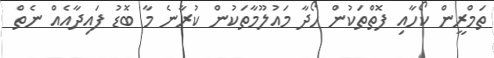
ތަމްރީން ކޯހާއި ފޮތްތަކުން ހޯދާ މައުލޫމާތަކުން ކުރާނެ މާ ބޮޑު ފައިދާއެއް ނެތް